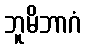
ဘူမိဘာဂံ